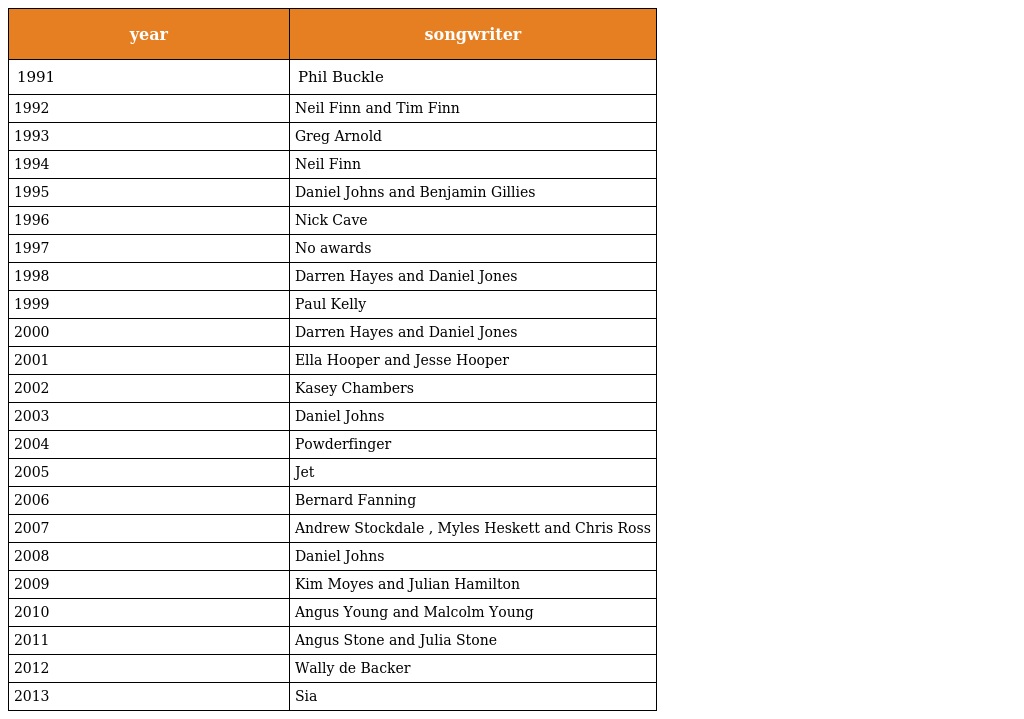
| year | songwriter |
 | --- | --- |
 | 1991 | Phil Buckle |
 | 1992 | Neil Finn and Tim Finn |
 | 1993 | Greg Arnold |
 | 1994 | Neil Finn |
 | 1995 | Daniel Johns and Benjamin Gillies |
 | 1996 | Nick Cave |
 | 1997 | No awards |
 | 1998 | Darren Hayes and Daniel Jones |
 | 1999 | Paul Kelly |
 | 2000 | Darren Hayes and Daniel Jones |
 | 2001 | Ella Hooper and Jesse Hooper |
 | 2002 | Kasey Chambers |
 | 2003 | Daniel Johns |
 | 2004 | Powderfinger |
 | 2005 | Jet |
 | 2006 | Bernard Fanning |
 | 2007 | Andrew Stockdale , Myles Heskett and Chris Ross |
 | 2008 | Daniel Johns |
 | 2009 | Kim Moyes and Julian Hamilton |
 | 2010 | Angus Young and Malcolm Young |
 | 2011 | Angus Stone and Julia Stone |
 | 2012 | Wally de Backer |
 | 2013 | Sia |